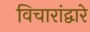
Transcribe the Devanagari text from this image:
विचारांद्वारे